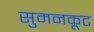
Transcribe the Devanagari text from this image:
सुमनकूट